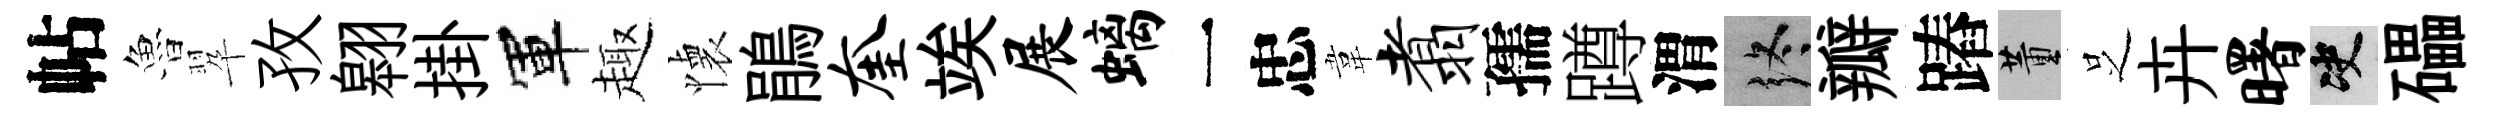
帖魯翆孜翱掛軍趣懐鵑奎竢展螭一忠韋翥孺蹲渭终瓣蹖董𠯁卉曙决礧